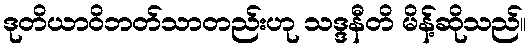
ဒုတိယာဝိဘတ်သာတည်းဟု သဒ္ဒနီတိ မိန့်ဆိုသည်။